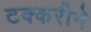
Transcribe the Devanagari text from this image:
टक्करीने